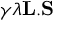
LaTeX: \gamma \lambda \mathbf { L } . \mathbf { S }